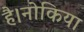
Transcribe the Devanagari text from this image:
है।नोकिया